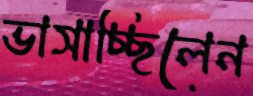
ভাসাচ্ছিলেন